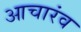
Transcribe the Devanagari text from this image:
आचारंव